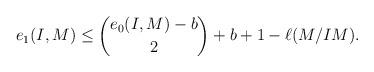
LaTeX: \begin{align*} e_1(I,M) \leq \binom{e_0(I,M) - b}{2}+b +1 -\ell(M/IM) .\end{align*}